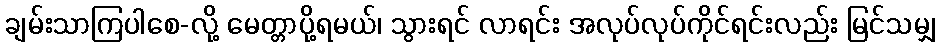
ချမ်းသာကြပါစေ-လို့ မေတ္တာပို့ရမယ်၊ သွားရင် လာရင်း အလုပ်လုပ်ကိုင်ရင်းလည်း မြင်သမျှ